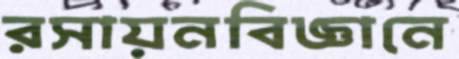
রসায়নবিজ্ঞানে